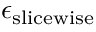
\epsilon _ { \mathrm { s l i c e w i s e } }